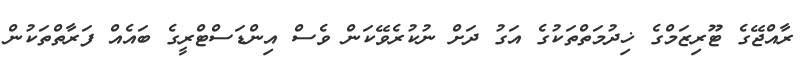
ރާއްޖޭގެ ޓޫރިޒަމްގެ ޚިދުމަތްތަކުގެ އަގު ދަށް ނުކުރެވޭކަން ވެސް އިންޑަސްޓްރީގެ ބައެއް ފަރާތްތަކުން